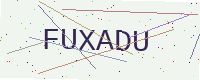
Text: FUXADU